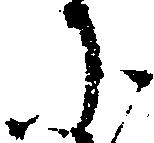
に